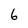
Character: 6